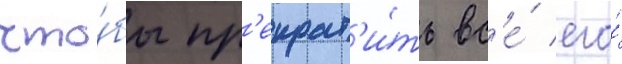
что́бы пр'екрат'и́ть вс'е́ его́